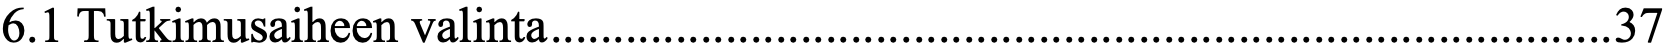
6.1 Tutkimusaiheen valinta ..................................................................................... 37